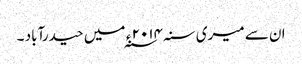
ان سے میری سنہ ۲۰۱۴ ء ؁ میں حیدرآباد ۔